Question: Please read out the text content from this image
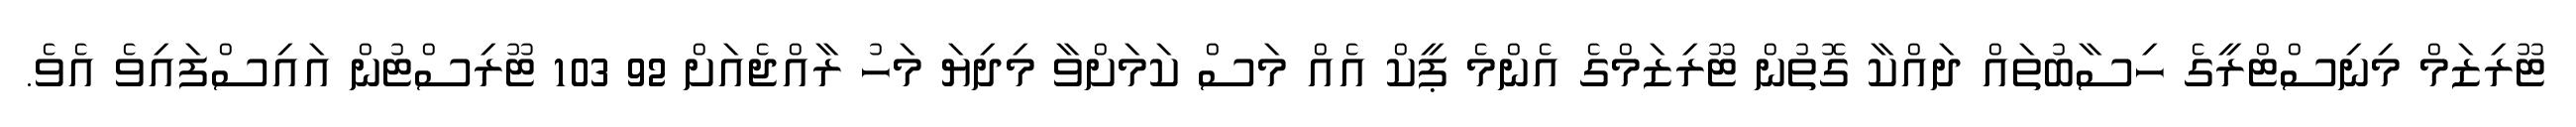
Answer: ޓޫރިޒަމް މިނިސްޓްރީގެ ހިސާބުތައް ދައްކާ ގޮތުން ޓޫރިޒަމްގެ އެންމެ ޕީކް އެއް މަސް ކަމަށްވާ މިދިޔަ މަހު ރާއްޖެއަށް 92 103 ޓޫރިސްޓުން އައިސްފައިވެ އެވެ.